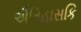
ઐતિહાસકિ